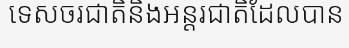
ទេសចរជាតិនិងអន្តរជាតិដែលបាន